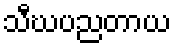
သီဃပညတာယ